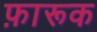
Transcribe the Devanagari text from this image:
फ़ारूक